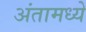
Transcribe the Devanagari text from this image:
अंतामध्ये